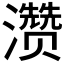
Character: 𪷽